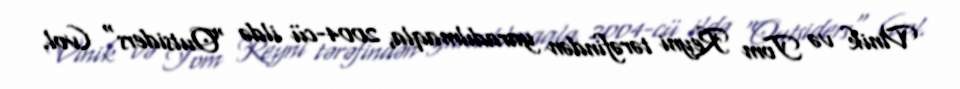
Vinik və Tom Reyni tərəfindən yaradılmaqla, 2004-cü ildə "Outsiders" (vol.